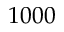
1 0 0 0